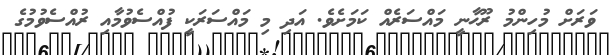
ވަރަށް މުހިންމު ރޫޙާނީ މައްސަރެއް ކަމަށެވެ. އަދި މި މައްސަރަކީ ފުއްސެވުމާއި ރުއްސެވުމުގެ